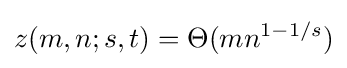
z(m,n;s,t)=\Theta (mn^{1-1/s})